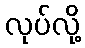
လုပ်လို့